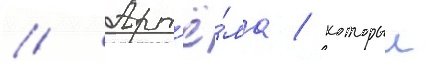
// Арт'ё́ма / которыи